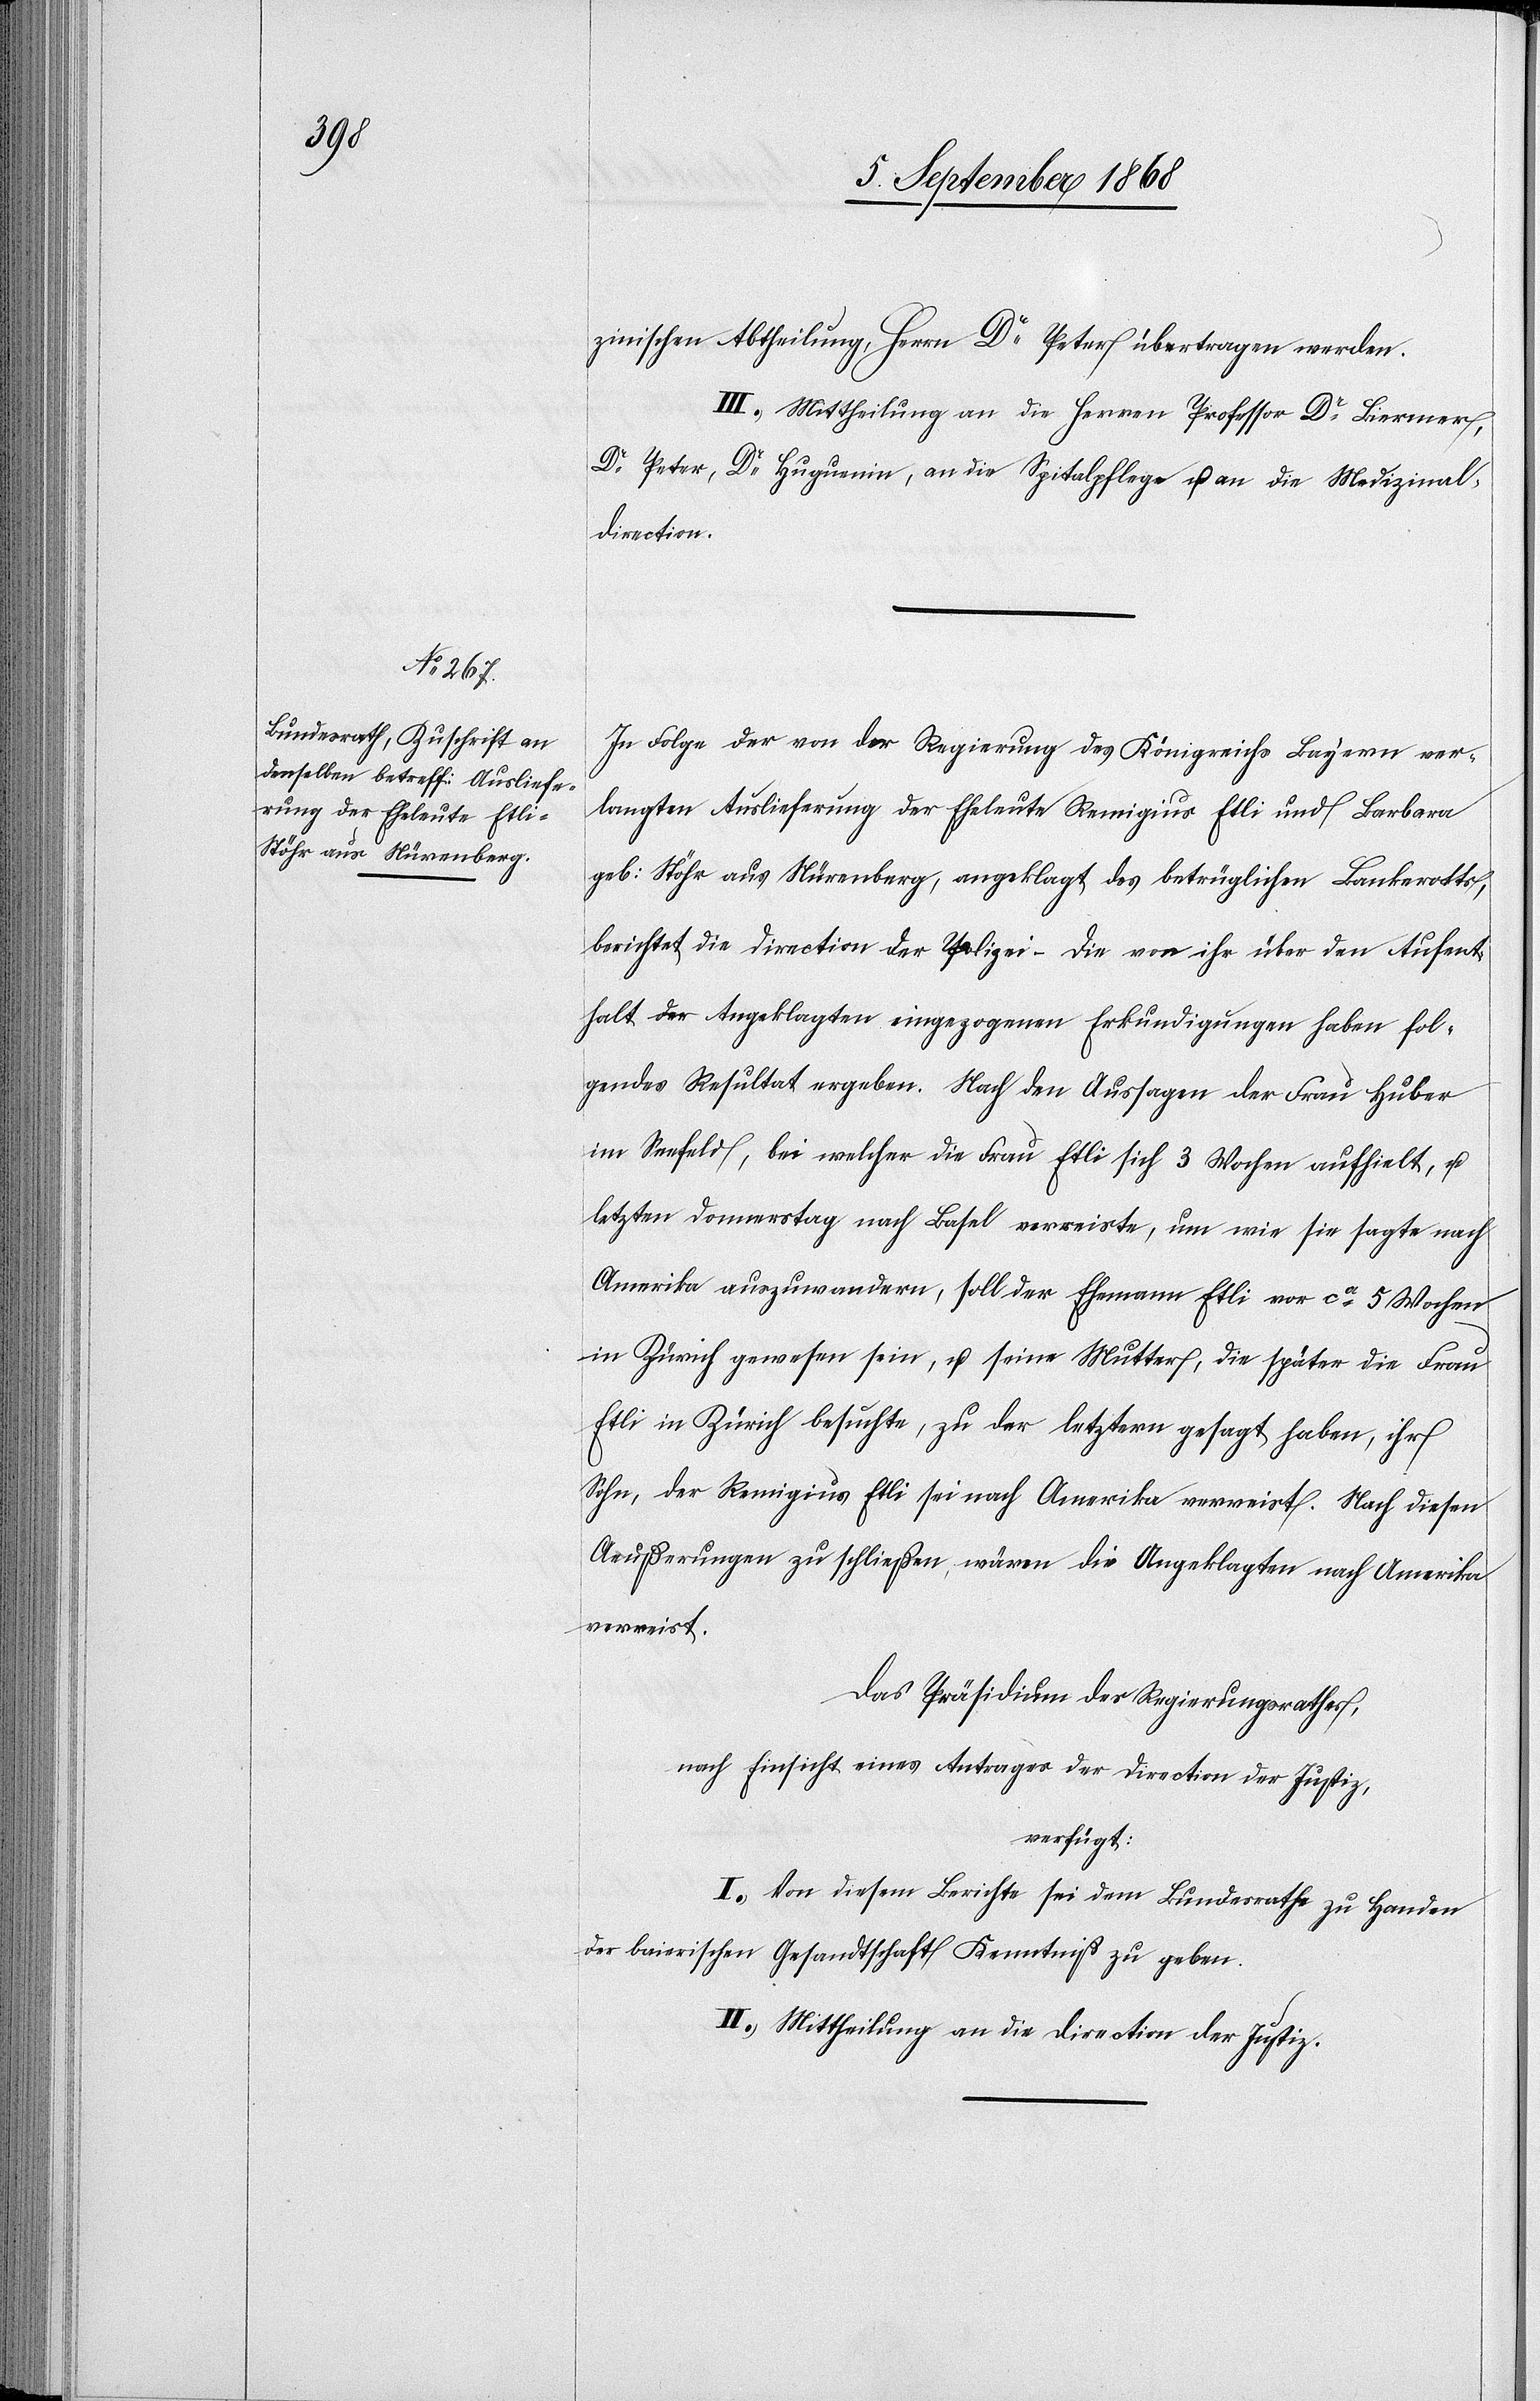
10. September 1868.]
zinischen Abtheilung, Herrn Dr Peter übertragen werden.
III. Mittheilung an die Herren Professor Dr Biermer,
Dr Peter, Dr Huguenin, an die Spitalpflege u. an die Medizinal¬
direction.
In Folge der von der Regierung des Königreichs Bayern ver¬
langten Auslieferung der Eheleute Remigius Etli und Barbara
geb: Stöhr aus Nürenberg, angeklagt des betrüglichen Bankerotts,
berichtet die Direction der Polizei – Die von ihr über den Aufent¬
halt der Angeklagten eingezogenen Erkundigungen haben fol¬
gendes Resultat ergeben. Nach den Aussagen der Frau Huber
im Seefeld, bei welcher die Frau Etli sich 3 Wochen aufhielt, u.
letzten Donnerstag nach Basel verreiste, um wie sie sagte nach
Amerika auszuwandern, soll der Ehemann Etli vor ca 5 Wochen
in Zürich gewesen sein, u. seine Mutter, die später die Frau
Etli in Zürich besuchte, zu der letztern gesagt haben, ihr
Sohn, der Remigius Etli sei nach Amerika verreist. Nach diesen
Aeußerungen zu schließen, wären die Angeklagten nach Amerika
verreist.
Das Präsidium des Regierungsrathes,
nach Einsicht eines Antrages der Direction der Justiz,
verfügt:
I.) Von diesem Berichte sei dem Bundesrathe zu Handen
der baierischen Gesandtschaft Kenntniß zu geben.
II.) Mittheilung an die Direction der Justiz.